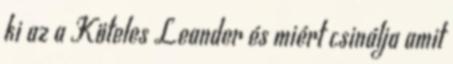
ki az a Köteles Leander és miért csinálja amit